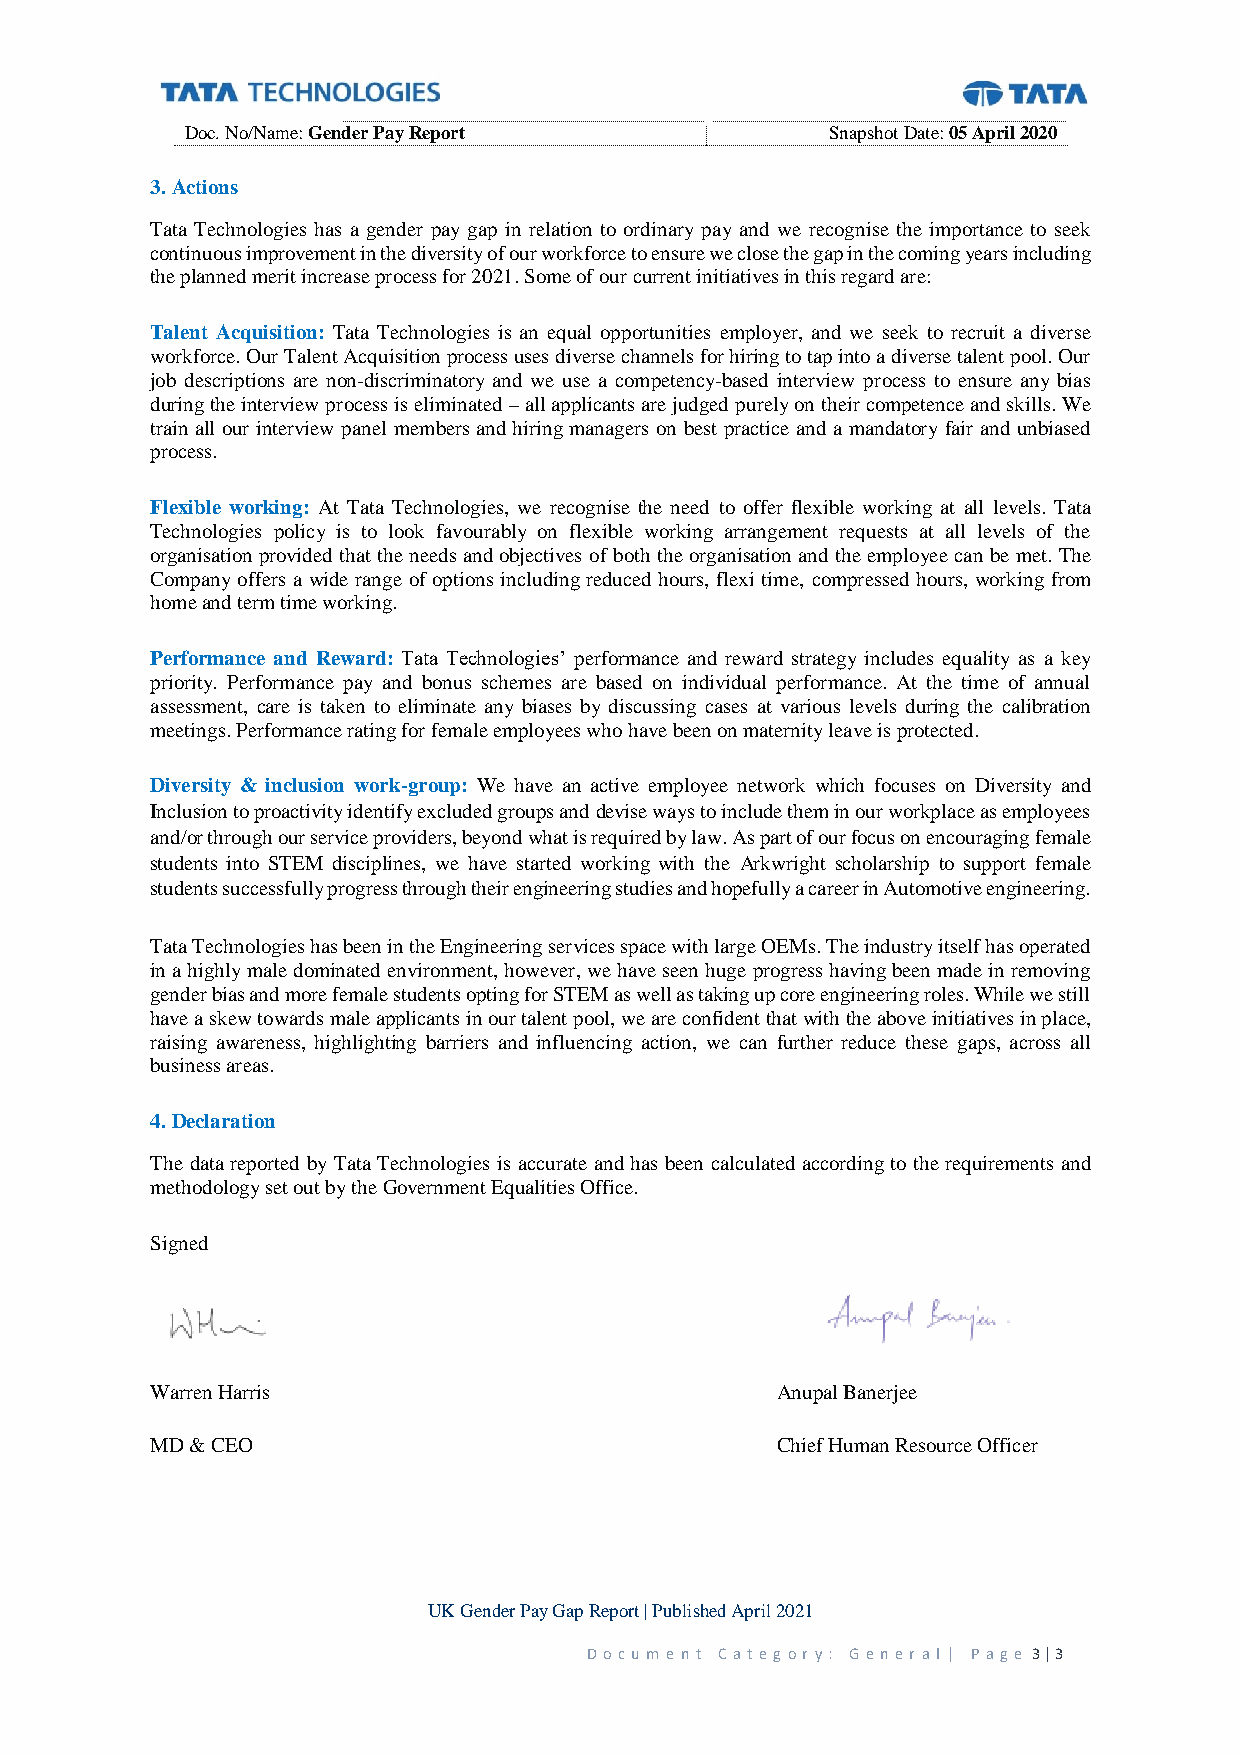
Doc. No/Name: Gender Pay Report            Snapshot Date: 05 April 2020
 3. Actions
 Tata Technologies has a gender pay gap in relation to ordinary pay and we recognise the importance to seek
 continuous improvement in the diversity of our workforce to ensure we close the gap in the coming years including
 the planned merit increase process for 2021. Some of our current initiatives in this regard are:
 Talent Acquisition: Tata Technologies is an equal opportunities employer, and we seek to recruit a diverse
 workforce. Our Talent Acquisition process uses diverse channels for hiring to tap into a diverse talent pool. Our
 job descriptions are non-discriminatory and we use a competency-based interview process to ensure any bias
 during the interview process is eliminated – all applicants are judged purely on their competence and skills. We
 train all our interview panel members and hiring managers on best practice and a mandatory fair and unbiased
 process.
 Flexible working: At Tata Technologies, we recognise the need to offer flexible working at all levels. Tata
 Technologies policy is to look favourably on flexible working arrangement requests at all levels of the
 organisation provided that the needs and objectives of both the organisation and the employee can be met. The
 Company offers a wide range of options including reduced hours, flexi time, compressed hours, working from
 home and term time working.
 Performance and Reward: Tata Technologies’ performance and reward strategy includes equality as a key
 priority. Performance pay and bonus schemes are based on individual performance. At the time of annual
 assessment, care is taken to eliminate any biases by discussing cases at various levels during the calibration
 meetings. Performance rating for female employees who have been on maternity leave is protected.
 Diversity & inclusion work-group: We have an active employee network which focuses on Diversity and
 Inclusion to proactivity identify excluded groups and devise ways to include them in our workplace as employees
 and/or through our service providers, beyond what is required by law. As part of our focus on encouraging female
 students into STEM disciplines, we have started working with the Arkwright scholarship to support female
 students successfully progress through their engineering studies and hopefully a career in Automotive engineering.
 Tata Technologies has been in the Engineering services space with large OEMs. The industry itself has operated
 in a highly male dominated environment, however, we have seen huge progress having been made in removing
 gender bias and more female students opting for STEM as well as taking up core engineering roles. While we still
 have a skew towards male applicants in our talent pool, we are confident that with the above initiatives in place,
 raising awareness, highlighting barriers and influencing action, we can further reduce these gaps, across all
 business areas.
 4. Declaration
 The data reported by Tata Technologies is accurate and has been calculated according to the requirements and
 methodology set out by the Government Equalities Office.
 Signed
 Warren Harris                            Anupal Banerjee
 MD & CEO                                 Chief Human Resource Officer
 UK Gender Pay Gap Report | Published April 2021
 D o c u m e n t Ca t eg or y: G e n er al | P ag e 3 | 3